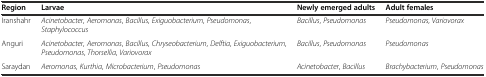
| Region | Larvae | Newly emerged adults | Adult females |
 | --- | --- | --- | --- |
 | Iranshahr | Acinetobacter, Aeromonas, Bacillus, Exiguobacterium, Pseudomonas, Staphylococcus | Bacillus, Pseudomonas | Pseudomonas, Variovorax |
 | Anguri | Acinetobacter, Aeromonas, Bacillus, Chryseobacterium, Delftia, Exiguobacterium, Pseudomonas, Thorsellia, Variovorax | Bacillus, Pseudomonas | Pseudomonas |
 | Saraydan | Aeromonas, Kurthia, Microbacterium, Pseudomonas | Acinetobacter, Bacillus | Brachybacterium, Pseudomonas |